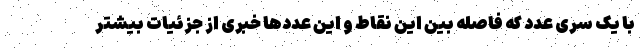
با یک سری عدد که فاصله بین این نقاط و این عددها خبری از جزئیات بیشتر